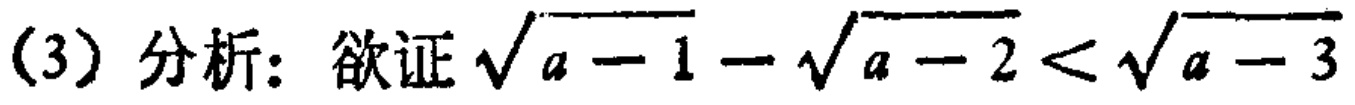
(3) 分析：欲证\(\sqrt{a - 1}-\sqrt{a - 2}<\sqrt{a - 3}\)